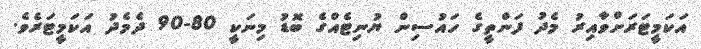
އަކަމީޓަރަށްވާއިރު މެދު ފަންތީގެ ހައުސިން ޔުނިޓެއްގެ ބޮޑު މިނަކީ 80-90 ދެމެދު އަކަމީޓަރެވެ.